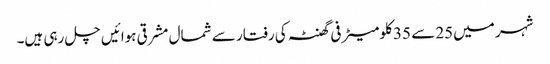
شہر میں25 سے 35 کلومیٹر فی گھنٹہ کی رفتار سے شمال مشرقی ہوائیں چل رہی ہیں۔